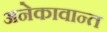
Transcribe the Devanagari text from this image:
अनेकावान्त